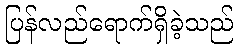
ပြန်လည်ရောက်ရှိခဲ့သည်